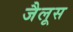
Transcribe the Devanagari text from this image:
जैलूस